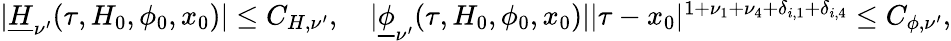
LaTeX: \begin{array}{r}{\vert\underline{H}_{\mathbf\nu^{\prime}}(\tau,H_{0},\phi_{0},x_{0})\vert\le C_{H,\mathbf\nu^{\prime}},\quad\vert\underline{\phi}_{\mathbf\nu^{\prime}}(\tau,H_{0},\phi_{0},x_{0})\vert\vert\tau-x_{0}\vert^{1+\nu_{1}+\nu_{4}+\delta_{i,1}+\delta_{i,4}}\le C_{\phi,\nu^{\prime}},}\end{array}